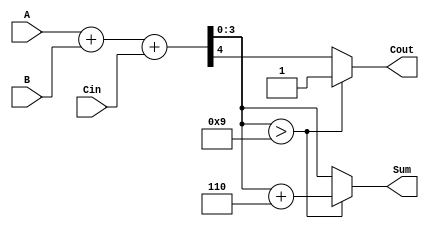
module BCD_Conditional_Adder (
    input  [3:0] A,       // First BCD digit
    input  [3:0] B,       // Second BCD digit
    input        Cin,      // Carry-in
    output reg [3:0] Sum,  // BCD sum output
    output reg Cout        // Carry-out
);

    wire [4:0] S;         // Wire for binary sum with 5 bits to accommodate carry
    wire correction_needed; // Flag for correction condition

    // Compute the binary sum of A, B and Cin
    assign S = A + B + Cin;

    // Determine if correction is needed (if sum > 9)
    assign correction_needed = S[3:0] > 4'b1001; // Check if the lower 4 bits exceed 9

    // BCD sum logic
    always @(*) begin
        if (correction_needed) begin
            Sum = S[3:0] + 4'b0110; // Add 6 (0110) to correct the BCD sum
            Cout = 1'b1;             // Set carry-out
        end else begin
            Sum = S[3:0];            // No correction needed
            Cout = S[4];             // Carry-out is determined by the fifth bit of the sum
        end
    end

endmodule